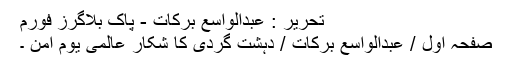
تحریر : عبدالواسع برکات - پاک بلاگرز فورم
صفحہ اول / عبدالواسع برکات / دہشت گردی کا شکار عالمی یوم امن ۔